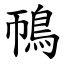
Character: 鳾